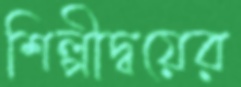
শিল্পীদ্বয়ের